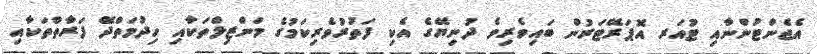
އެޖެންޓުންނާއި ޓުއަރ އޮޕަރޭޓަރުން ބައިވެރިވެ ދުނިޔޭގެ އެކި ފަތުރުވެރިކަމުގެ މަންޒިލްތަކާއި ހިދުމަތްދޭަ ފަރާތްތަކާއި